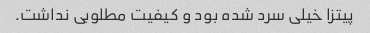
پیتزا خیلی سرد شده بود و کیفیت مطلوبی نداشت.